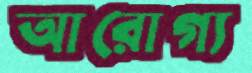
আরোগ্য